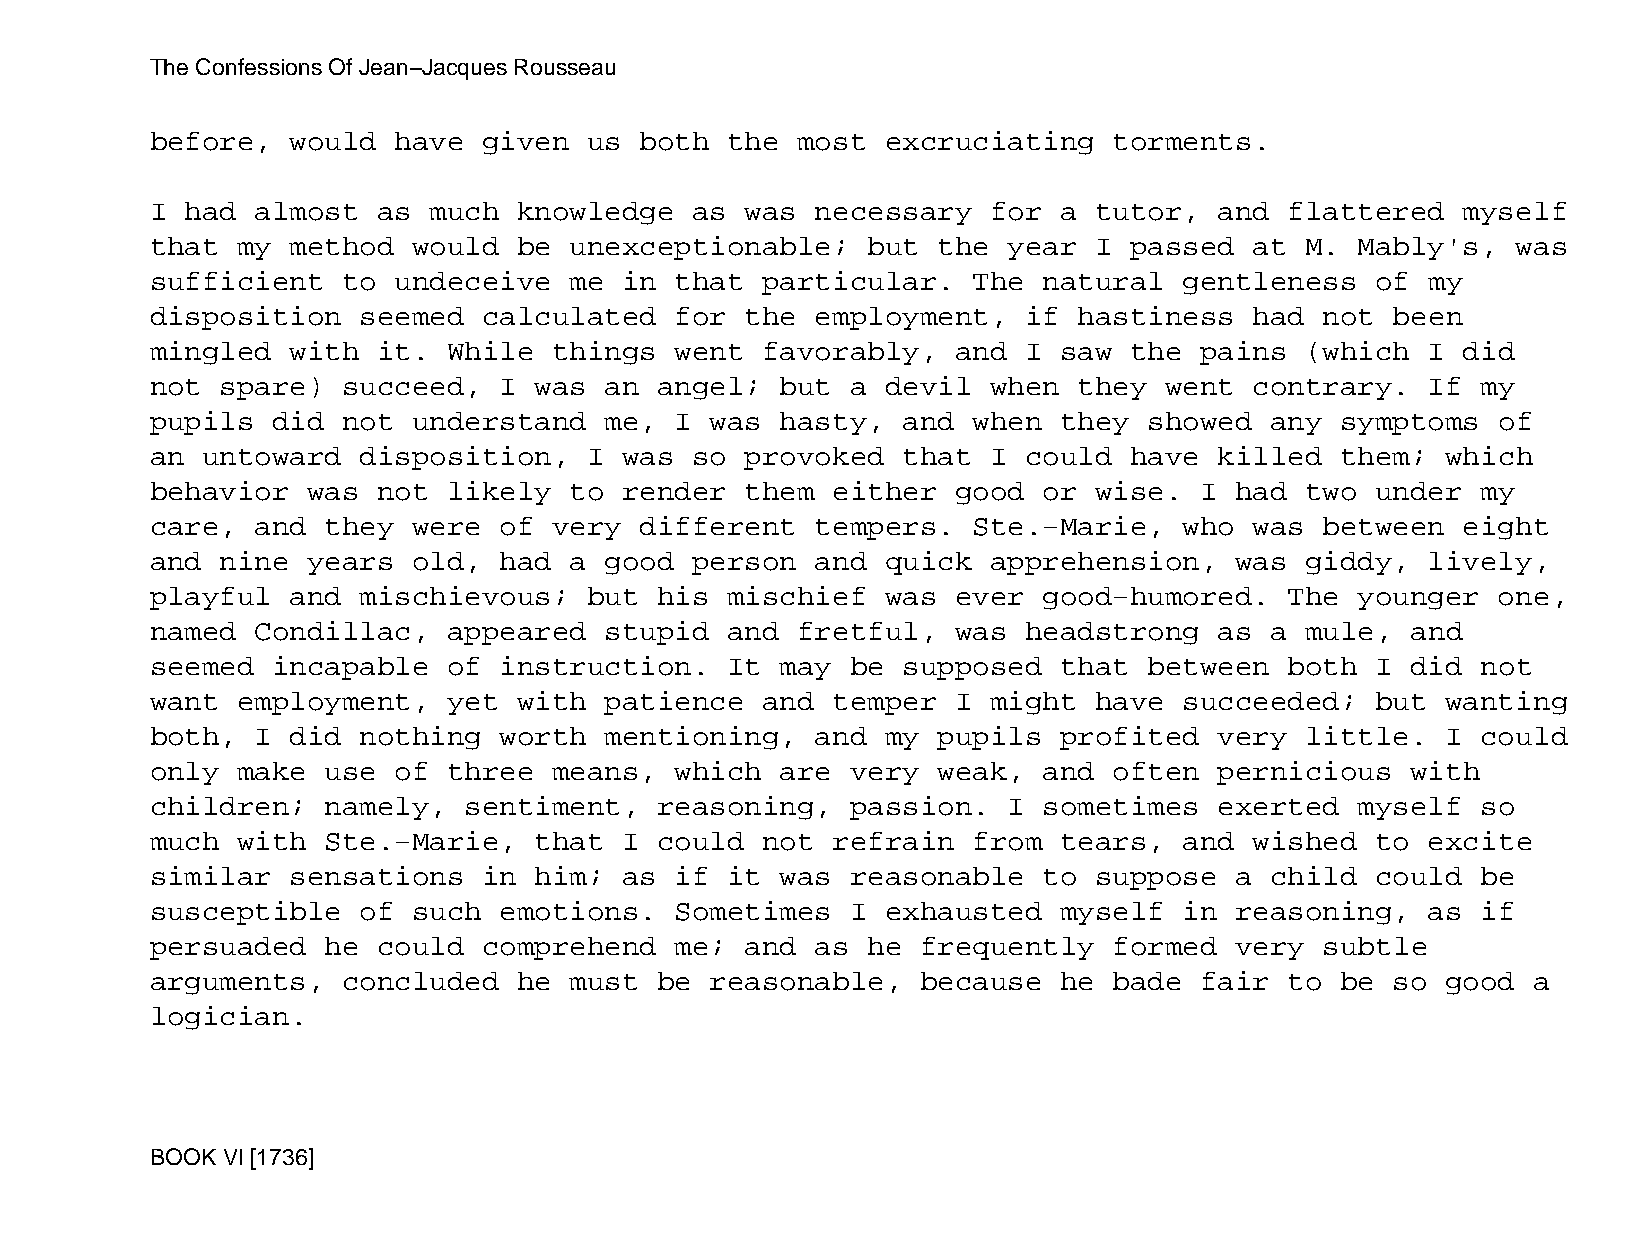
The Confessions Of Jean−Jacques Rousseau
 before,  would  have  given  us both  the  most  excruciating   torments.
 I had  almost  as much  knowledge   as was  necessary   for a tutor,   and flattered   myself
 that  my method  would  be  unexceptionable;   but  the  year I  passed  at M.  Mably's,  was
 sufficient   to undeceive   me in  that particular.   The  natural  gentleness   of  my
 disposition   seemed  calculated   for the  employment,   if hastiness   had  not been
 mingled  with  it.  While  things  went favorably,   and  I saw  the pains  (which   I did
 not  spare)  succeed,  I was  an  angel;  but a  devil  when they  went  contrary.   If my
 pupils  did  not understand   me,  I was  hasty,  and when  they  showed  any  symptoms  of
 an untoward   disposition,   I was  so provoked   that  I could  have  killed  them;  which
 behavior  was  not  likely  to render  them  either  good  or wise.  I  had two  under  my
 care,  and  they were  of  very different   tempers.  Ste.−Marie,   who  was  between  eight
 and  nine years  old,  had  a good  person  and  quick  apprehension,   was giddy,   lively,
 playful  and  mischievous;   but  his mischief   was ever  good−humored.   The  younger  one,
 named  Condillac,   appeared  stupid  and  fretful,  was  headstrong   as a mule,  and
 seemed  incapable   of instruction.   It  may be  supposed  that  between  both  I did  not
 want  employment,   yet with  patience  and  temper  I  might have  succeeded;   but  wanting
 both,  I did  nothing  worth  mentioning,   and  my pupils  profited   very little.   I could
 only  make  use of  three  means,  which  are very  weak,  and  often  pernicious  with
 children;   namely,  sentiment,   reasoning,  passion.   I sometimes   exerted  myself  so
 much  with  Ste.−Marie,  that  I  could not  refrain  from  tears,  and  wished  to  excite
 similar  sensations   in him;  as  if it  was reasonable   to suppose   a child  could  be
 susceptible   of such  emotions.   Sometimes  I  exhausted  myself  in  reasoning,   as if
 persuaded   he could  comprehend   me; and  as he  frequently   formed  very  subtle
 arguments,   concluded  he  must  be reasonable,   because  he  bade fair  to  be so  good a
 logician.
 BOOK VI [1736]